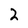
Character: 2